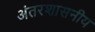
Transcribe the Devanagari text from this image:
अंतरशासनीय